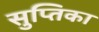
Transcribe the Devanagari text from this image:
सुप्तिका